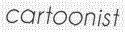
cartoonist